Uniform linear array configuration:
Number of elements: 16
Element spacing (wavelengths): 0.25
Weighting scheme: hann
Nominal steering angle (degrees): -45
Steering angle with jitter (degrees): -44.026
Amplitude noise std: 0.05
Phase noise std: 0.05

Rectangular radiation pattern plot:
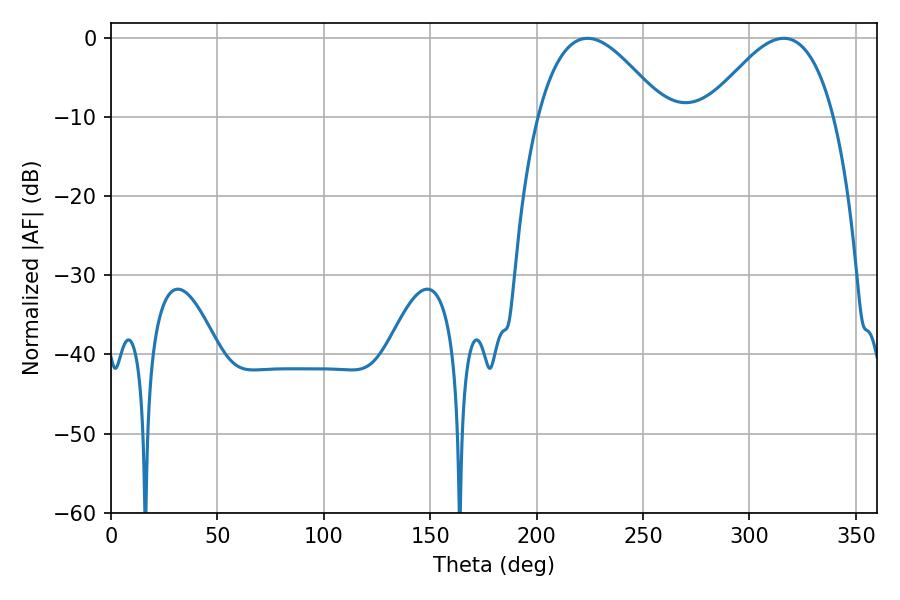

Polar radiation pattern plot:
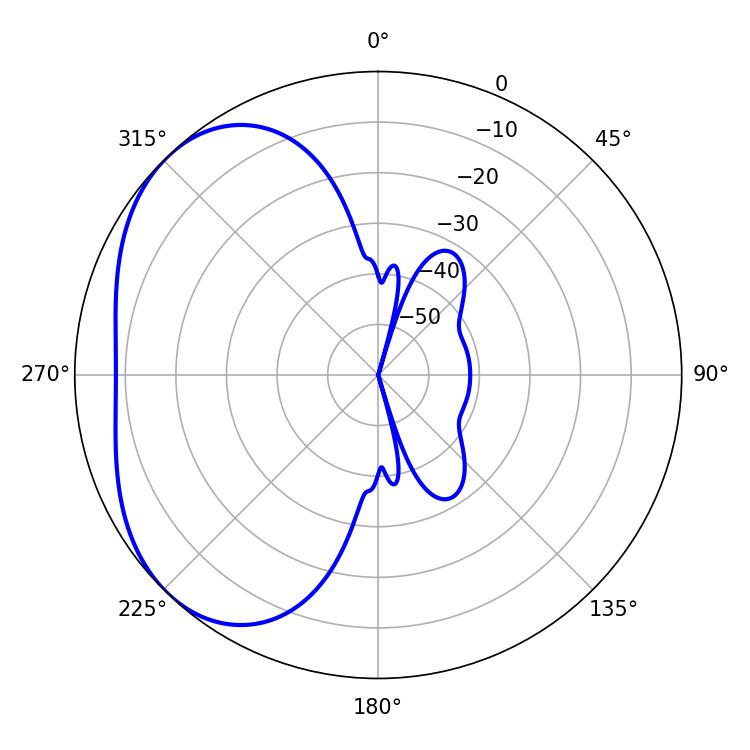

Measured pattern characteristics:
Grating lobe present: FALSE
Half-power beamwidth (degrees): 32.22
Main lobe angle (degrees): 223.92